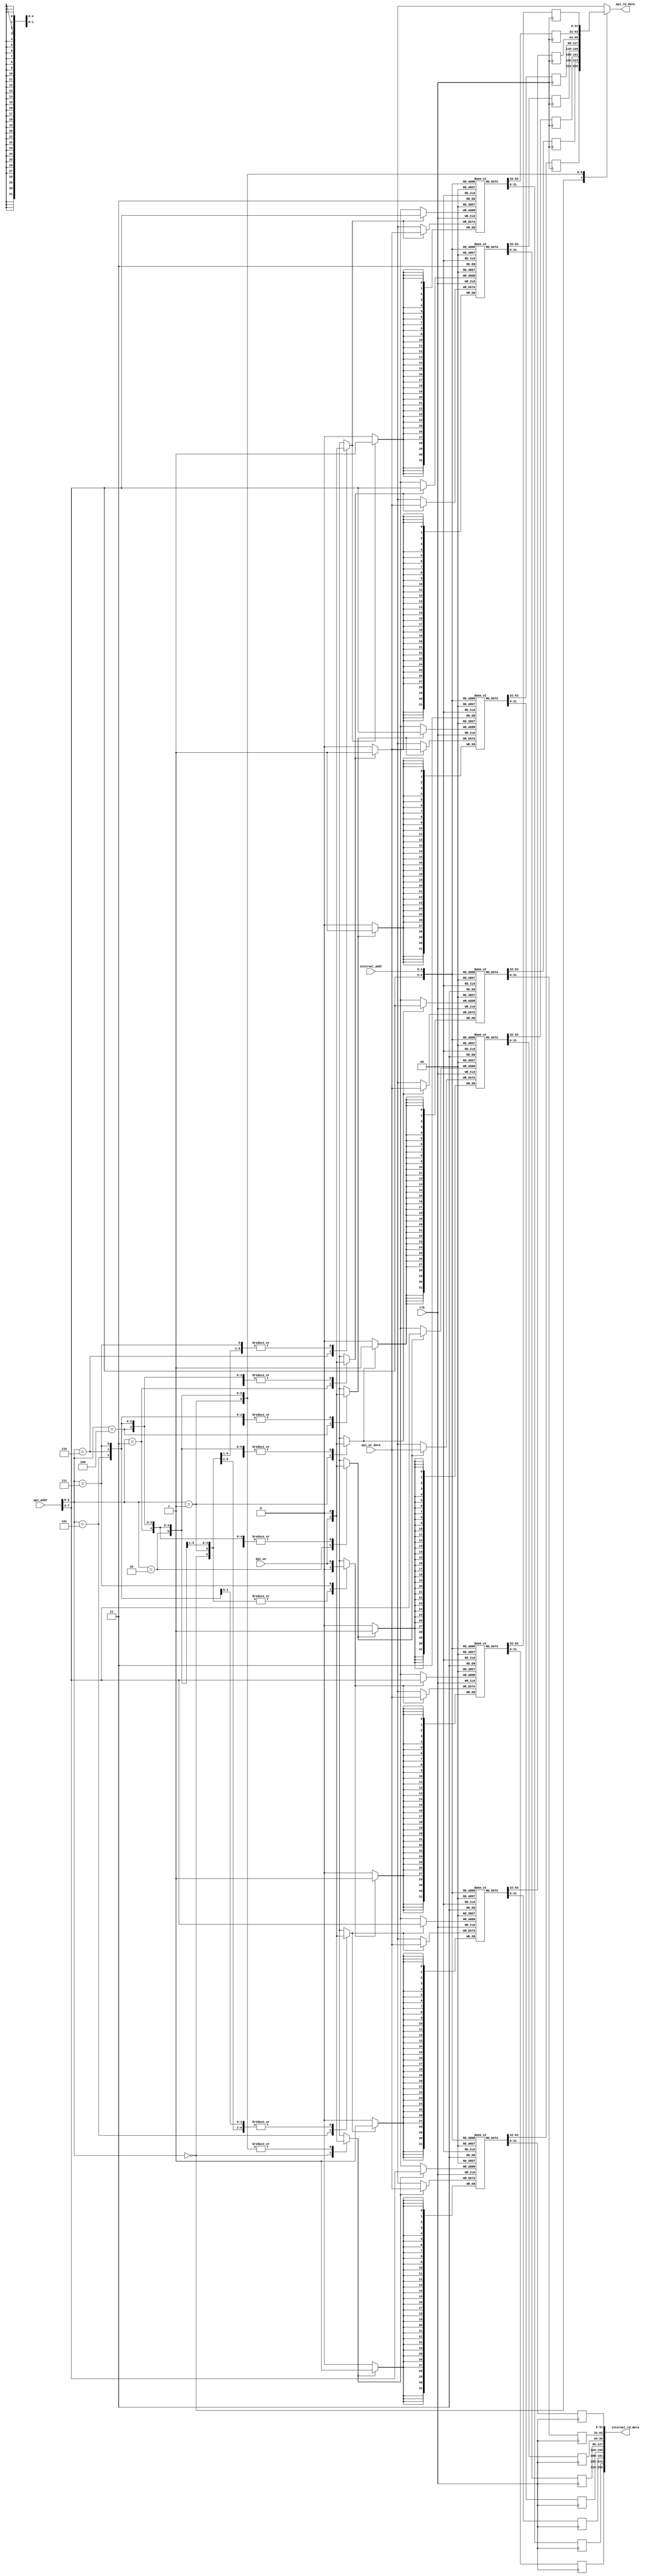
module blockmem_rw32_r128(
                          input wire           clk,

                          input wire            api_we,
                          input wire  [07 : 0]  api_addr,
                          input wire  [31 : 0]  api_wr_data,
                          output wire [31 : 0]  api_rd_data,

                          input wire  [04 : 0]  internal_addr,
                          output wire [255 : 0] internal_rd_data
                         );


  //----------------------------------------------------------------
  // Regs and memories.
  //----------------------------------------------------------------
  reg [31 : 0] mem0 [0 : 31];
  reg [31 : 0] mem1 [0 : 31];
  reg [31 : 0] mem2 [0 : 31];
  reg [31 : 0] mem3 [0 : 31];
  reg [31 : 0] mem4 [0 : 31];
  reg [31 : 0] mem5 [0 : 31];
  reg [31 : 0] mem6 [0 : 31];
  reg [31 : 0] mem7 [0 : 31];


  //----------------------------------------------------------------
  // Wires.
  //----------------------------------------------------------------
  reg [31 : 0] muxed_api_rd_data;

  reg [31 : 0] mem0_api_rd_data;
  reg [31 : 0] mem1_api_rd_data;
  reg [31 : 0] mem2_api_rd_data;
  reg [31 : 0] mem3_api_rd_data;
  reg [31 : 0] mem4_api_rd_data;
  reg [31 : 0] mem5_api_rd_data;
  reg [31 : 0] mem6_api_rd_data;
  reg [31 : 0] mem7_api_rd_data;

  reg [31 : 0] mem0_int_rd_data;
  reg [31 : 0] mem1_int_rd_data;
  reg [31 : 0] mem2_int_rd_data;
  reg [31 : 0] mem3_int_rd_data;
  reg [31 : 0] mem4_int_rd_data;
  reg [31 : 0] mem5_int_rd_data;
  reg [31 : 0] mem6_int_rd_data;
  reg [31 : 0] mem7_int_rd_data;

  reg          mem0_we;
  reg          mem1_we;
  reg          mem2_we;
  reg          mem3_we;
  reg          mem4_we;
  reg          mem5_we;
  reg          mem6_we;
  reg          mem7_we;


  //----------------------------------------------------------------
  // Assignmets.
  //----------------------------------------------------------------
  assign api_rd_data      = muxed_api_rd_data;

  assign internal_rd_data = {mem7_int_rd_data, mem6_int_rd_data,
                             mem5_int_rd_data, mem4_int_rd_data,
                             mem3_int_rd_data, mem2_int_rd_data,
                             mem1_int_rd_data, mem0_int_rd_data};


  //----------------------------------------------------------------
  // Reg updates.
  //----------------------------------------------------------------
  always @ (posedge clk)
    begin : reg_update_mem0
      if (mem0_we)
        mem0[api_addr[7 : 3]] <= api_wr_data;

      mem0_api_rd_data <= mem0[api_addr[7 : 3]];
      mem0_int_rd_data <= mem0[internal_addr];
    end

  always @ (posedge clk)
    begin : reg_update_mem1
      if (mem1_we)
        mem1[api_addr[7 : 3]] <= api_wr_data;

      mem1_api_rd_data <= mem1[api_addr[7 : 3]];
      mem1_int_rd_data <= mem1[internal_addr];
    end

  always @ (posedge clk)
    begin : reg_update_mem2
      if (mem2_we)
        mem2[api_addr[7 : 3]] <= api_wr_data;

      mem2_api_rd_data <= mem2[api_addr[7 : 3]];
      mem2_int_rd_data <= mem2[internal_addr];
    end

  always @ (posedge clk)
    begin : reg_update_mem3
      if (mem3_we)
        mem3[api_addr[7 : 3]] <= api_wr_data;

      mem3_api_rd_data <= mem3[api_addr[7 : 3]];
      mem3_int_rd_data <= mem3[internal_addr];
    end

  always @ (posedge clk)
    begin : reg_update_mem4
      if (mem4_we)
        mem4[api_addr[7 : 3]] <= api_wr_data;

      mem4_api_rd_data <= mem4[api_addr[7 : 3]];
      mem4_int_rd_data <= mem4[internal_addr];
    end

  always @ (posedge clk)
    begin : reg_update_mem5
      if (mem5_we)
        mem5[api_addr[7 : 3]] <= api_wr_data;

      mem5_api_rd_data <= mem5[api_addr[7 : 3]];
      mem5_int_rd_data <= mem5[internal_addr];
    end

  always @ (posedge clk)
    begin : reg_update_mem6
      if (mem6_we)
        mem6[api_addr[7 : 3]] <= api_wr_data;

      mem6_api_rd_data <= mem6[api_addr[7 : 3]];
      mem6_int_rd_data <= mem6[internal_addr];
    end

  always @ (posedge clk)
    begin : reg_update_mem7
      if (mem7_we)
        mem7[api_addr[7 : 3]] <= api_wr_data;

      mem7_api_rd_data <= mem7[api_addr[7 : 3]];
      mem7_int_rd_data <= mem7[internal_addr];
    end


  //----------------------------------------------------------------
  // api_mux
  //----------------------------------------------------------------
  always @*
    begin : api_mux
      mem0_we = 1'b0;
      mem1_we = 1'b0;
      mem2_we = 1'b0;
      mem3_we = 1'b0;
      mem4_we = 1'b0;
      mem5_we = 1'b0;
      mem6_we = 1'b0;
      mem7_we = 1'b0;

      case (api_addr[2 : 0])
        0:
          begin
            muxed_api_rd_data = mem0_api_rd_data;
            mem0_we           = api_we;
          end

        1:
          begin
            muxed_api_rd_data = mem1_api_rd_data;
            mem1_we           = api_we;
          end

        2:
          begin
            muxed_api_rd_data = mem2_api_rd_data;
            mem2_we           = api_we;
          end

        3:
          begin
            muxed_api_rd_data = mem3_api_rd_data;
            mem3_we           = api_we;
          end

        4:
          begin
            muxed_api_rd_data = mem4_api_rd_data;
            mem4_we           = api_we;
          end

        5:
          begin
            muxed_api_rd_data = mem5_api_rd_data;
            mem5_we           = api_we;
          end

        6:
          begin
            muxed_api_rd_data = mem6_api_rd_data;
            mem6_we           = api_we;
          end

        7:
          begin
            muxed_api_rd_data = mem7_api_rd_data;
            mem7_we           = api_we;
          end

        default:
          begin
          end
      endcase // case (api_addr[1 : 0])
    end // api_mux

endmodule